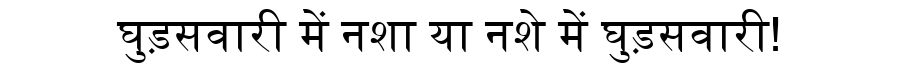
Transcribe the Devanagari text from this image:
घुड़सवारी में नशा या नशे में घुड़सवारी!